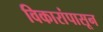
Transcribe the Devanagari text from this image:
विकारांपासून